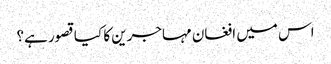
اس میں افغان مہاجرین کا کیا قصور ہے؟